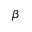
\beta